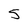
Character: 5